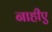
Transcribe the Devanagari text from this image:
नाहीए